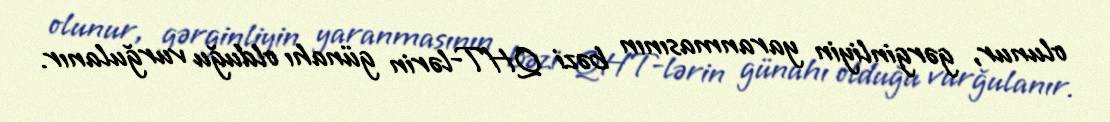
olunur, gərginliyin yaranmasının bəzi QHT-lərin günahı olduğu vurğulanır.